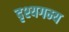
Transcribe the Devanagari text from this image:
दृश्यगम्य